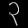
Digit: ၃